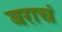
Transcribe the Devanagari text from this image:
बराचं